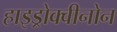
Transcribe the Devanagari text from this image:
हाइड्रोक्वीनोन